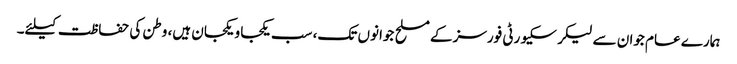
ہمارے عام جوان سے لیکر سکیورٹی فورسز کے مسلح جوانوں تک، سب یکجا و یکجان ہیں، وطن کی حفاظت کیلئے۔